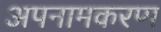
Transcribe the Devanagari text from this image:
अपनामकरण